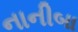
નાનીબા